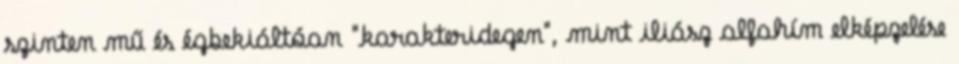
szinten mű és égbekiáltóan "karakteridegen", mint iliász alfahím elképzelése